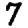
Digit: 7